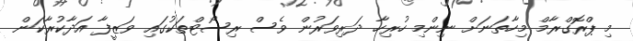
މި ޕްރޮގްރާމް މިހާތަނަށް ނިންމި ހުރިހާ ދަރިވަރުން ވެސް ރިސޯޓްތަކުގައި ވަޒީފާ އަދާކުރާކަން